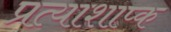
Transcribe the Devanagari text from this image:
प्रत्याशाप्क